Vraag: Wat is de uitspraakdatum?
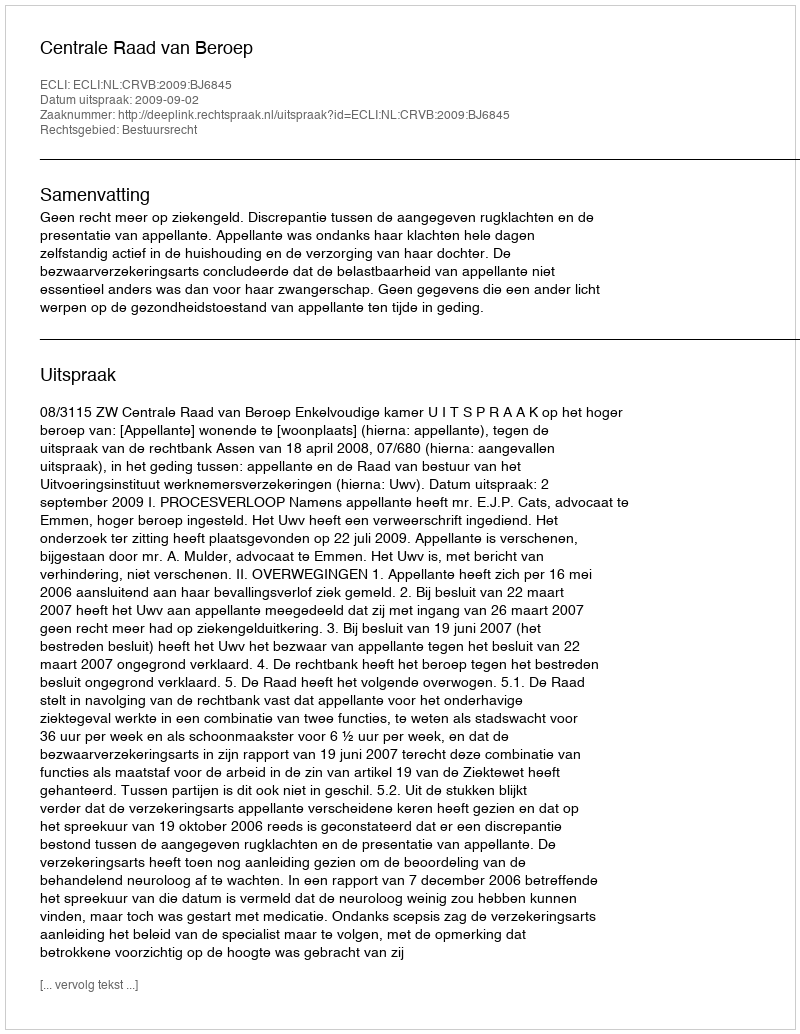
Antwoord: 2009-09-02